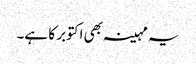
یہ مہینہ بھی اکتوبر کا ہے۔